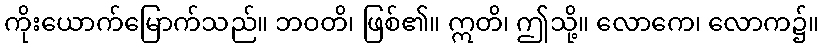
ကိုးယောက်မြောက်သည်။ ဘဝတိ၊ ဖြစ်၏။ ဣတိ၊ ဤသို့။ လောကေ၊ လောက၌။